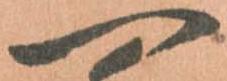
一